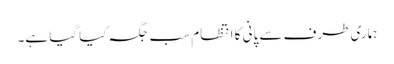
ہماری طرف سے پانی کا انتظام سب جگہ کیا گیا ہے۔